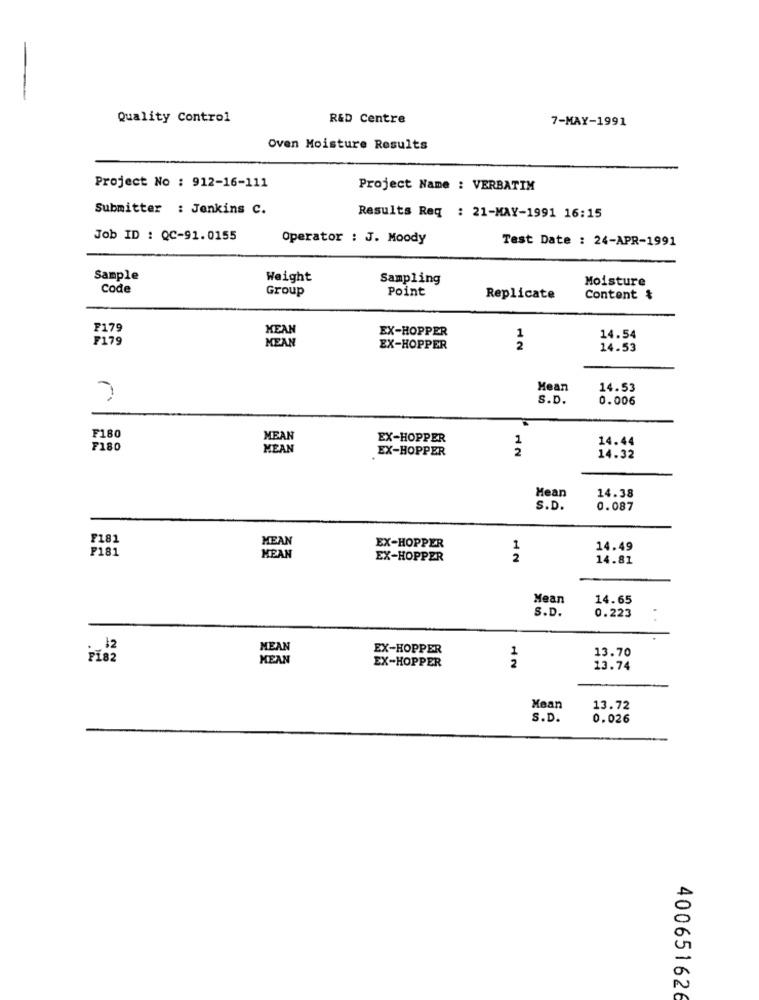
Quality Control
R&D Centre
7-MAY-1991
Oven Moisture Results
Project No : 912-16-111
Project Name : VERBATIM
Submitter : Jenkins c.
Results Req : 21-MAY-1991 16:15
Job ID : QC-91.0155
Operator : J. Moody
Test Date : 24-APR-1991
Sample
Weight
Sampling
Moisture
Code
Group
Point
Replicate
Content &
F179
KEAN
EX-HOPPER
F179
MEAN
1
14.54
EX-HOPPER
2
14.53
Mean
14.53
S.D.
0.006
F180
MEAN
EX-HOPPER
1
14.44
F180
MEAN
EX-HOPPER
14.32
Hean
14.38
S.D.
0.087
F181
MEAN
EX-HOPPER
1
14.49
F181
MEAN
EX-HOPPER
2
14.81
Mean
14.65
S.D.
0.223
MEAN
EX-HOPPER
1
13.70
PI82
MEAN
2
EX-HOPPER
13.74
Mean
13.72
S.D.
0.026
400651626